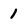
Character: 1